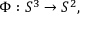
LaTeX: \Phi : S ^ { 3 } \rightarrow S ^ { 2 } ,